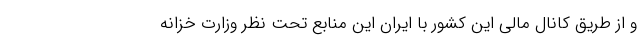
و از طریق کانال مالی این کشور با ایران این منابع تحت نظر وزارت خزانه